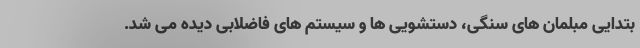
بتدایی مبلمان های سنگی، دستشویی ها و سیستم های فاضلابی دیده می شد.